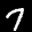
Label: 7